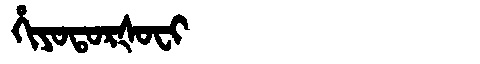
Manchu: ᡥᡳᠶᠣᡨᠣᡵᡧᠣᠸᡳ
Romanization: HIYOTORŠOFI